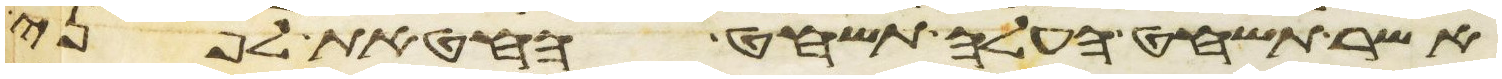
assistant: אשר תשחט העלה תשחט החטאת לפני